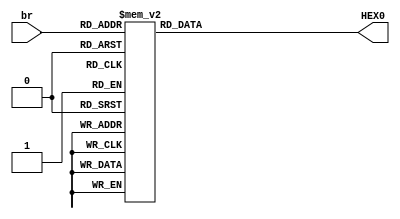
module konvert(
	
	input [3:0] br, 
	
	output	reg	     [6:0]		HEX0
	//output		     [6:0]		HEX1,
	//output		     [6:0]		HEX2,
	//output		     [6:0]		HEX3,
	//output		     [6:0]		HEX4,
	//output		     [6:0]		HEX5,
	
	
	
);
	always @ (br) begin
		case(br)
		
			4'b0000 : HEX0 = ~7'b0111111;
			4'b0001 : HEX0 = ~7'b0110;
			4'b0010 : HEX0 = ~7'b1011011;
			4'b0011 : HEX0 = ~7'b1001111;
			
			4'b0100 : HEX0 = ~7'b1100110;
			4'b0101 : HEX0 = ~7'b1101101;
			4'b0110 : HEX0 = ~7'b1111101;
			4'b0111 : HEX0 = ~7'b0000111;
			
			4'b1000 : HEX0 = ~7'b1111111;
			4'b1001 : HEX0 = ~7'b1101111;
			4'b1010 : HEX0 = ~7'b1110111;
			4'b1011 : HEX0 = ~7'b1111111;
			
			4'b1100 : HEX0 = ~7'b0111001;
			4'b1101 : HEX0 = ~7'b0111111;
			4'b1110 : HEX0 = ~7'b1111001;
			4'b1111 : HEX0 = ~7'b1110001;
			
			default : HEX0 = ~7'b0;
	 
		endcase
	 end
endmodule